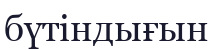
бүтіндығын